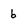
Character: 6